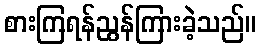
စားကြရန်ညွန်ကြားခဲ့သည်။